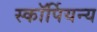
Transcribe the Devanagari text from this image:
स्कॉर्पियन्य